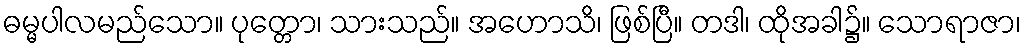
ဓမ္မပါလမည်သော။ ပုတ္တော၊ သားသည်။ အဟောသိ၊ ဖြစ်ပြီ။ တဒါ၊ ထိုအခါ၌။ သောရာဇာ၊